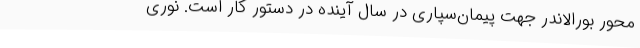
محور بورالاندر جهت پیمان‌سپاری در سال‌ آینده در دستور کار است. نوری